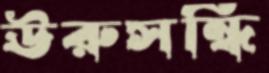
ঊরুসন্ধি